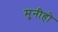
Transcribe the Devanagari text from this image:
मुनीहो